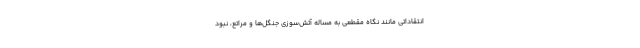
انتقاداتی مانند نگاه مقطعی به مساله آتش‌سوزی جنگل‌ها و مراتع، نبود